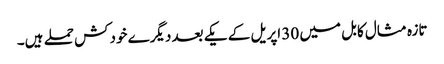
تازہ مثال کابل میں 30 اپریل کے یکے بعد دیگرے خودکش حملے ہیں۔